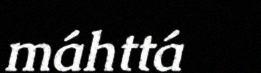
máhttá